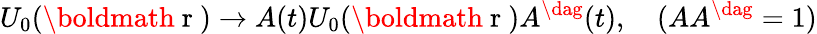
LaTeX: U_{0}(\mathrm{\boldmath~r~})\rightarrow A(t)U_{0}(\mathrm{\boldmath~r~})A^{\dag}(t),~~~~(AA^{\dag}=1)